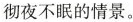
彻夜不眠的情景。